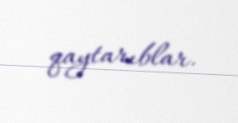
qaytarıblar.